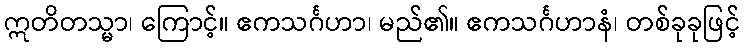
ဣတိတသ္မာ၊ ကြောင့်။ ဧကသင်္ဂဟာ၊ မည်၏။ ဧကသင်္ဂဟာနံ၊ တစ်ခုခုဖြင့်